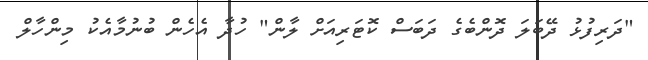
"ދަރިފުުޅު ދޭބަލަ ދޮންބެގެ ދަބަސް ކޮޓަރިއަށް ލާން" ހުދާ އެހެން ބުނުމާއެކު މިންހާލް